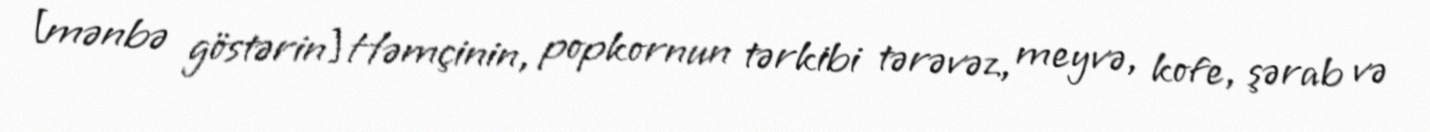
[mənbə göstərin]Həmçinin, popkornun tərkibi tərəvəz, meyvə, kofe, şərab və